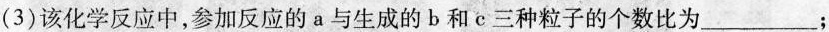
(3)该化学反应中，参加反应的a与生成的b和c三种粒子的个数比为___；